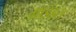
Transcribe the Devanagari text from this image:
ग्राइंड्स